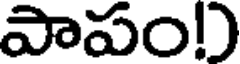
పాపం!)